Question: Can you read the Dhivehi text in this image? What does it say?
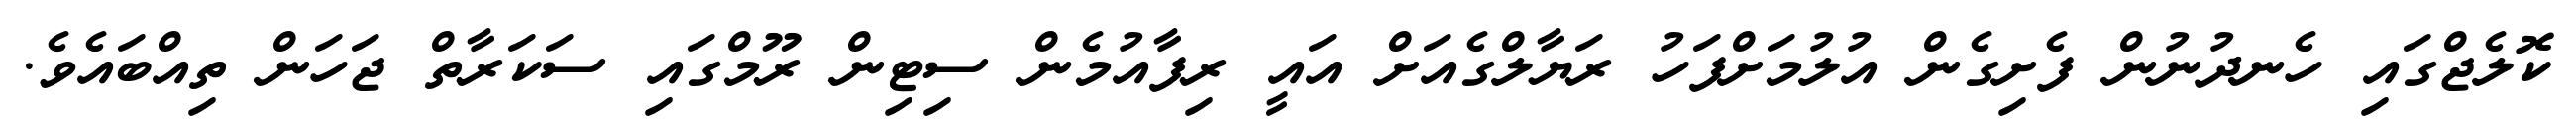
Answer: ކޮލެޖްގައި ހެނދުނުން ފެށިގެން އުލުމަށްފަހު ރަޔާލްގެއަށް އައީ ރިފާއުމެން ސިޓިން ރޫމްގައި ސަކަރާތް ޖަހަން ތިއްބައެވެ.